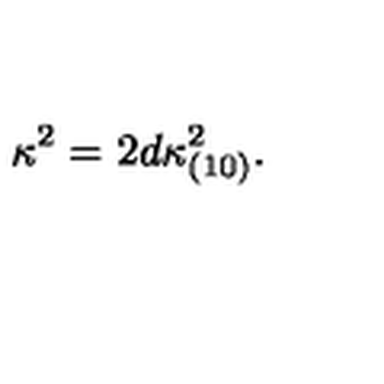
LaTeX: \kappa ^ { 2 } = 2 d \kappa _ { ( 1 0 ) } ^ { 2 } .